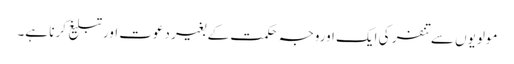
مولویوں سے تنفر کی ایک اوروجہ حکمت کے بغیر دعوت اورتبلیغ کرنا ہے۔